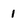
Character: 1